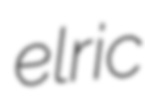
elric